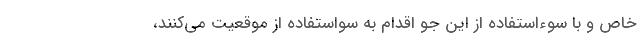
خاص و با سوءاستفاده از این جو اقدام به سواستفاده از موقعیت می‌کنند،